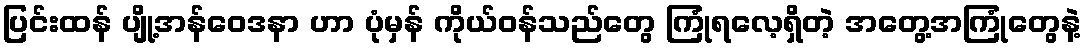
ပြင်းထန် ပျို့အန်ဝေဒနာ ဟာ ပုံမှန် ကိုယ်ဝန်သည်တွေ ကြုံရလေ့ရှိတဲ့ အတွေ့အကြုံတွေနဲ့